Leaving Certificate Examination, 1914
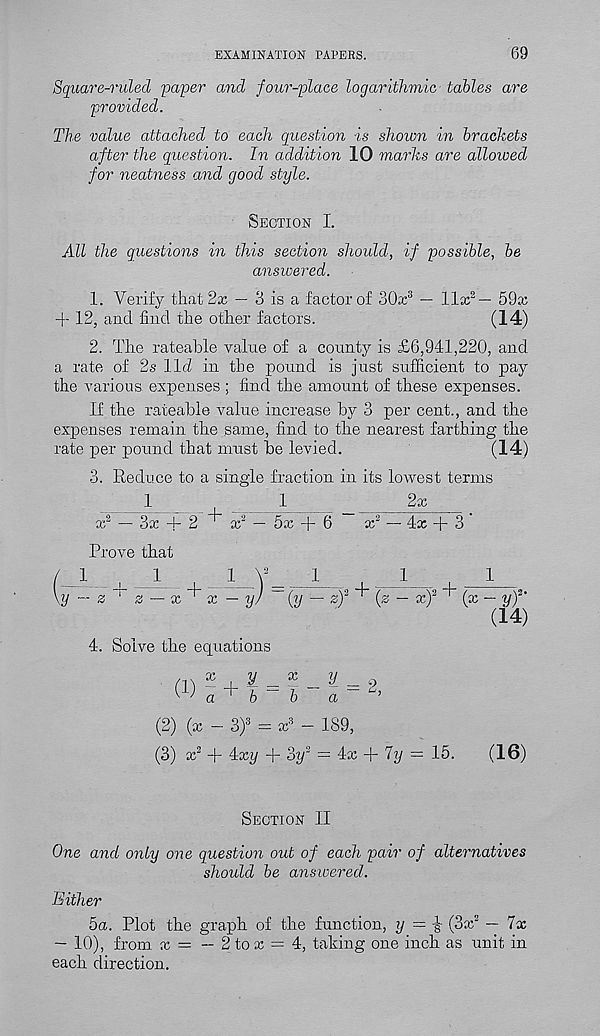
EXAMINATION PAPERS.
69
Square-ruled paper and jour-place logarithmic tables are
provided.
The value attached to each question is shown in brackets
after the question. In addition 10 marks are allowed
for neatness and good style.
Section I.
All the questions in this section should, if possible, be
answered.
1. Verify that 2x — 3 is a factor of 30x 3 — llx 2 — 59x
+ 12, and find the other factors.
(14)
2. The rateable value of a county is £6,941,220, and
a rate of 2s llh in the pound is just sufficient to pay
the various expenses ; find the amount of these expenses.
If the rateable value increase by 3 per cent., and the
expenses remain the same, find to the nearest farthing the
rate per pound that must be levied.
(14)
3. Reduce to a single fraction in its lowest terms
1
1
2x
x 2 — 3x + 2 ^ x 2 — 5x + 6
x 2 — 4x + 3
Prove that
/ 1
l
1
1 _Y_. 1
1
1
\y ™ z 1 z — x ^ x — y) ~ (y — z) 2 ^ (z — x) 2
(x — y) 2 ‘
(14)
4. Solve the equations
(2) (x - 3) 3 = x 3 - 189,
(3) x 3 + 4xy + oy 2 = 4x + 7y = 15.
(16)
Section II
One and only one question out of each pair of alternatives
should be answered.
Either
5a. Plot the graph of the function, y = i (3x 2 — 7x
— 10), from x = — 2 tox = 4, taking one inch as unit in
each direction.